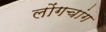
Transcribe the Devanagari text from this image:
लोंगचांग